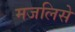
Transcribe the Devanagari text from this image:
मजलिसे